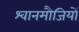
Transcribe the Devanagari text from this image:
श्वानमौजियों